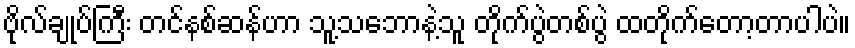
ဗိုလ်ချုပ်ကြီး တင်နစ်ဆန်ဟာ သူ့သဘောနဲ့သူ တိုက်ပွဲတစ်ပွဲ ထတိုက်တော့တာပါပဲ။